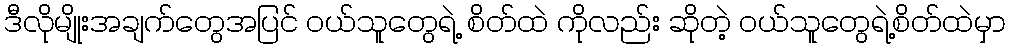
ဒီလိုမျိုးအချက်တွေအပြင် ဝယ်သူတွေရဲ့ စိတ်ထဲ ကိုလည်း ဆိုတဲ့ ဝယ်သူတွေရဲ့စိတ်ထဲမှာ